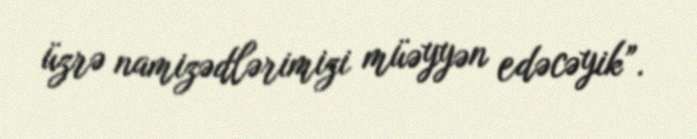
üzrə namizədlərimizi müəyyən edəcəyik”.